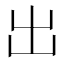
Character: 出